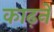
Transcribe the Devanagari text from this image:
काढ़ने